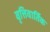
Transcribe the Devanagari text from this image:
वृत्तिवार्तिक